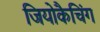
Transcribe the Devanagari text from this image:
जियोकैचिंग